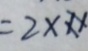
2 2 = 2 \times x \times